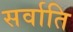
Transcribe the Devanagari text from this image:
सर्वाति